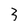
Character: 3